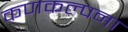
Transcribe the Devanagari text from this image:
कणकल्पना